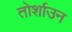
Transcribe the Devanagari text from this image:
तोर्शाउन